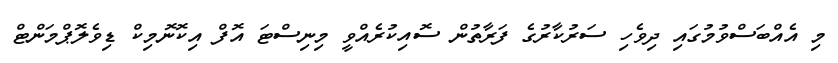
މި އެއްބަސްވުމުގައި ދިވެހި ސަރުކާރުގެ ފަރާތުން ސޮއިކުރެއްވީ މިނިސްޓަ އޮފް އިކޮނޮމިކް ޑިވެލޮޕްމަންޓް